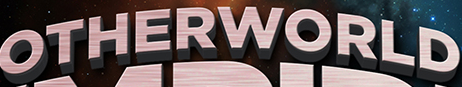
OTHERWORLD